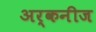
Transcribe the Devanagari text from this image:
अर्कनीज